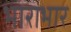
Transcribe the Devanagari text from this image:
भाराभार